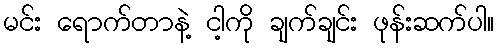
မင်း ရောက်တာနဲ့ ငါ့ကို ချက်ချင်း ဖုန်းဆက်ပါ။